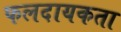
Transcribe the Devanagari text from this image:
फलदायकता